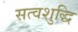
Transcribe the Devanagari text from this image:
सत्वशुद्धि